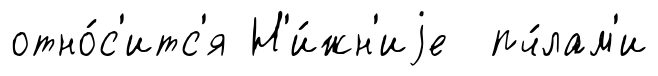
отно́с'итс'я Н'и́жн'иjе пч́лам'и